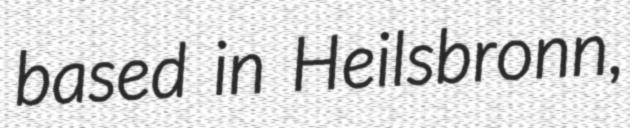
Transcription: based in Heilsbronn,